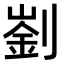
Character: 𠟁